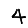
Digit: 4